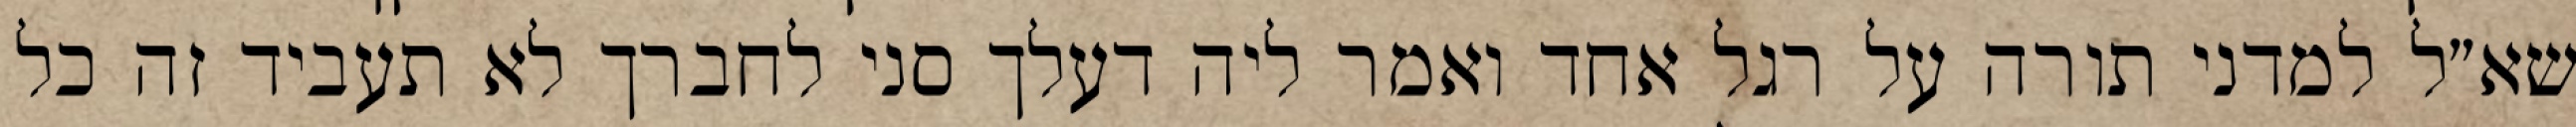
שא״ל למדני תורה על רגל אחד ואמר ליה דעלך סני לחברך לא תעביד זה כל